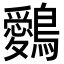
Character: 𪇈